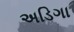
અડિગા